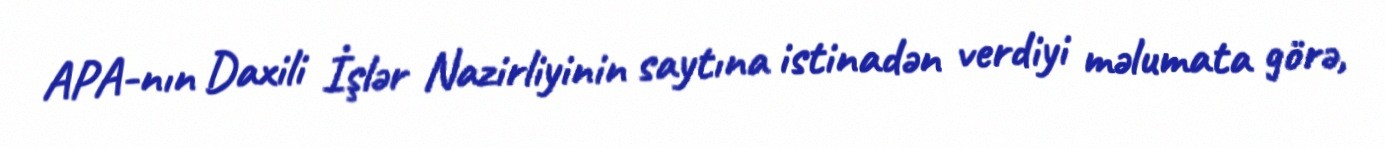
APA-nın Daxili İşlər Nazirliyinin saytına istinadən verdiyi məlumata görə,